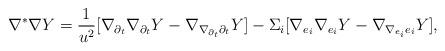
LaTeX: \begin{align*}\nabla^*\nabla Y=\frac{1}{u^2}[\nabla_{\partial_t}\nabla_{\partial_t}Y-\nabla_{\nabla_{\partial_t}\partial_t}Y]-\Sigma_i[\nabla_{e_i}\nabla_{e_i}Y-\nabla_{\nabla_{e_i}e_i}Y],\end{align*}